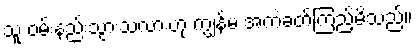
သူ ဝမ်းနည်းသွားသလားဟု ကျွန်မ အကဲခတ်ကြည့်မိသည်။